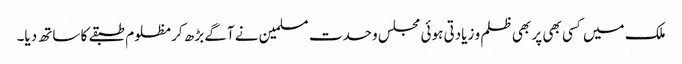
ملک میں کسی بھی پر بھی ظلم و زیادتی ہوئی مجلس وحدت مسلمین نے آگے بڑھ کر مظلوم طبقے کا ساتھ دیا۔